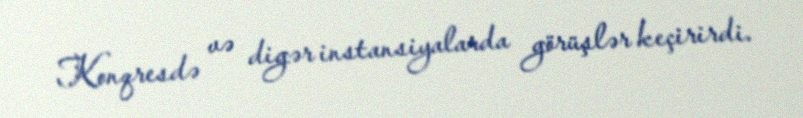
Konqresdə və digər instansiyalarda görüşlər keçirirdi.